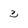
Character: 3